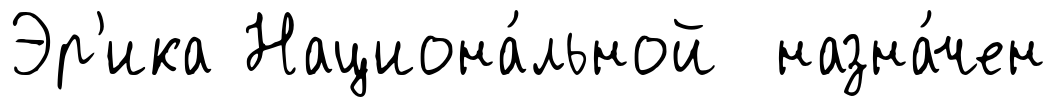
Эр'ика Национа́льной назна́чен